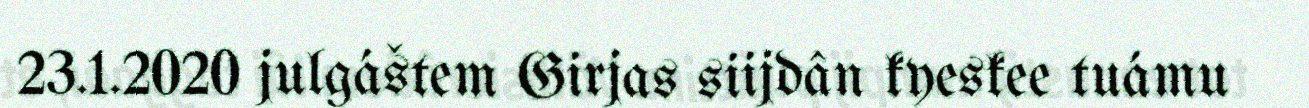
23.1.2020 julgáštem Girjas siijdân kyeskee tuámu